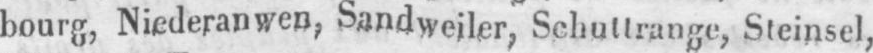
bourg, Niederanwen, Sandweiler, Schuttrange, Steinsel,